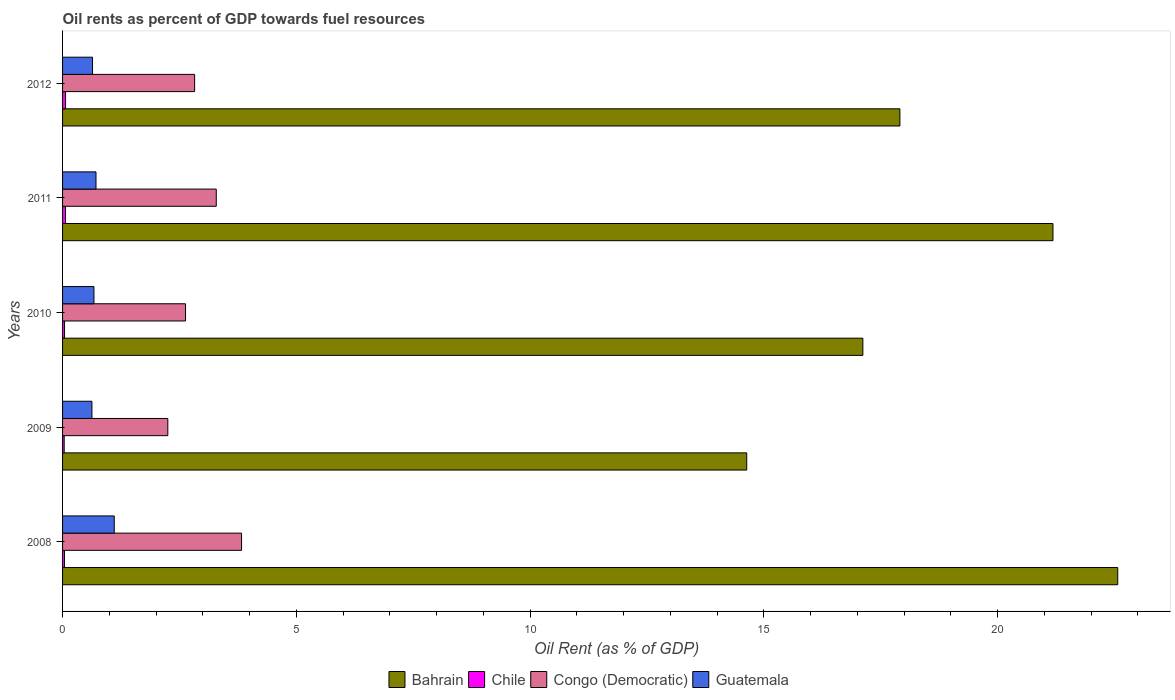
| Years | Bahrain | Chile | Congo (Democratic) | Guatemala |
 | --- | --- | --- | --- | --- |
 | 2008 | 22.6 | 0.0418 | 3.83 | 1.11 |
 | 2009 | 14.6 | 0.0348 | 2.25 | 0.628 |
 | 2010 | 17.1 | 0.0423 | 2.63 | 0.671 |
 | 2011 | 21.2 | 0.0633 | 3.29 | 0.715 |
 | 2012 | 17.9 | 0.0636 | 2.82 | 0.641 |